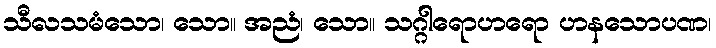
သီလသမံသော၊ သော။ အညံ၊ သော။ သဂ္ဂါရောဟရော ဟနသောပဏ၊